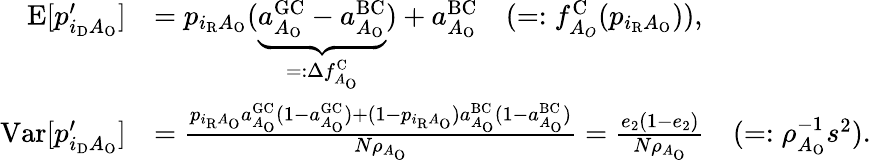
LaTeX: \begin{array}{rl}{\textrm{E}[p_{i_{\mathrm{D}}A_{\mathrm{O}}}^{\prime}]}&{=p_{i_{\mathrm{R}}A_{\mathrm{O}}}(\underbrace{a_{A_{\mathrm{O}}}^{\mathrm{GC}}-a_{A_{\mathrm{O}}}^{\mathrm{BC}}}_{=:\Delta f_{A_{\mathrm{O}}}^{\mathrm{C}}})+a_{A_{\mathrm{O}}}^{\mathrm{BC}}\quad(=:f_{A_{O}}^{\mathrm{C}}(p_{i_{\mathrm{R}}A_{\mathrm{O}}})),}\\ {\textrm{Var}[p_{i_{\mathrm{D}}A_{\mathrm{O}}}^{\prime}]}&{=\frac{p_{i_{\mathrm{R}}A_{\mathrm{O}}}a_{A_{\mathrm{O}}}^{\mathrm{GC}}(1-a_{A_{\mathrm{O}}}^{\mathrm{GC}})+(1-p_{i_{\mathrm{R}}A_{\mathrm{O}}})a_{A_{\mathrm{O}}}^{\mathrm{BC}}(1-a_{A_{\mathrm{O}}}^{\mathrm{BC}})}{N\rho_{A_{\mathrm{O}}}}=\frac{e_{2}(1-e_{2})}{N\rho_{A_{\mathrm{O}}}}\quad(=:\rho_{A_{\mathrm{O}}}^{-1}s^{2}).}\end{array}